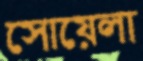
সোয়েলা